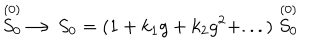
\stackrel { ( 0 ) } { S _ { 0 } } \longrightarrow S _ { 0 } = ( 1 + k _ { 1 } g + k _ { 2 } g ^ { 2 } + . . . ) \stackrel { ( 0 ) } { S _ { 0 } }